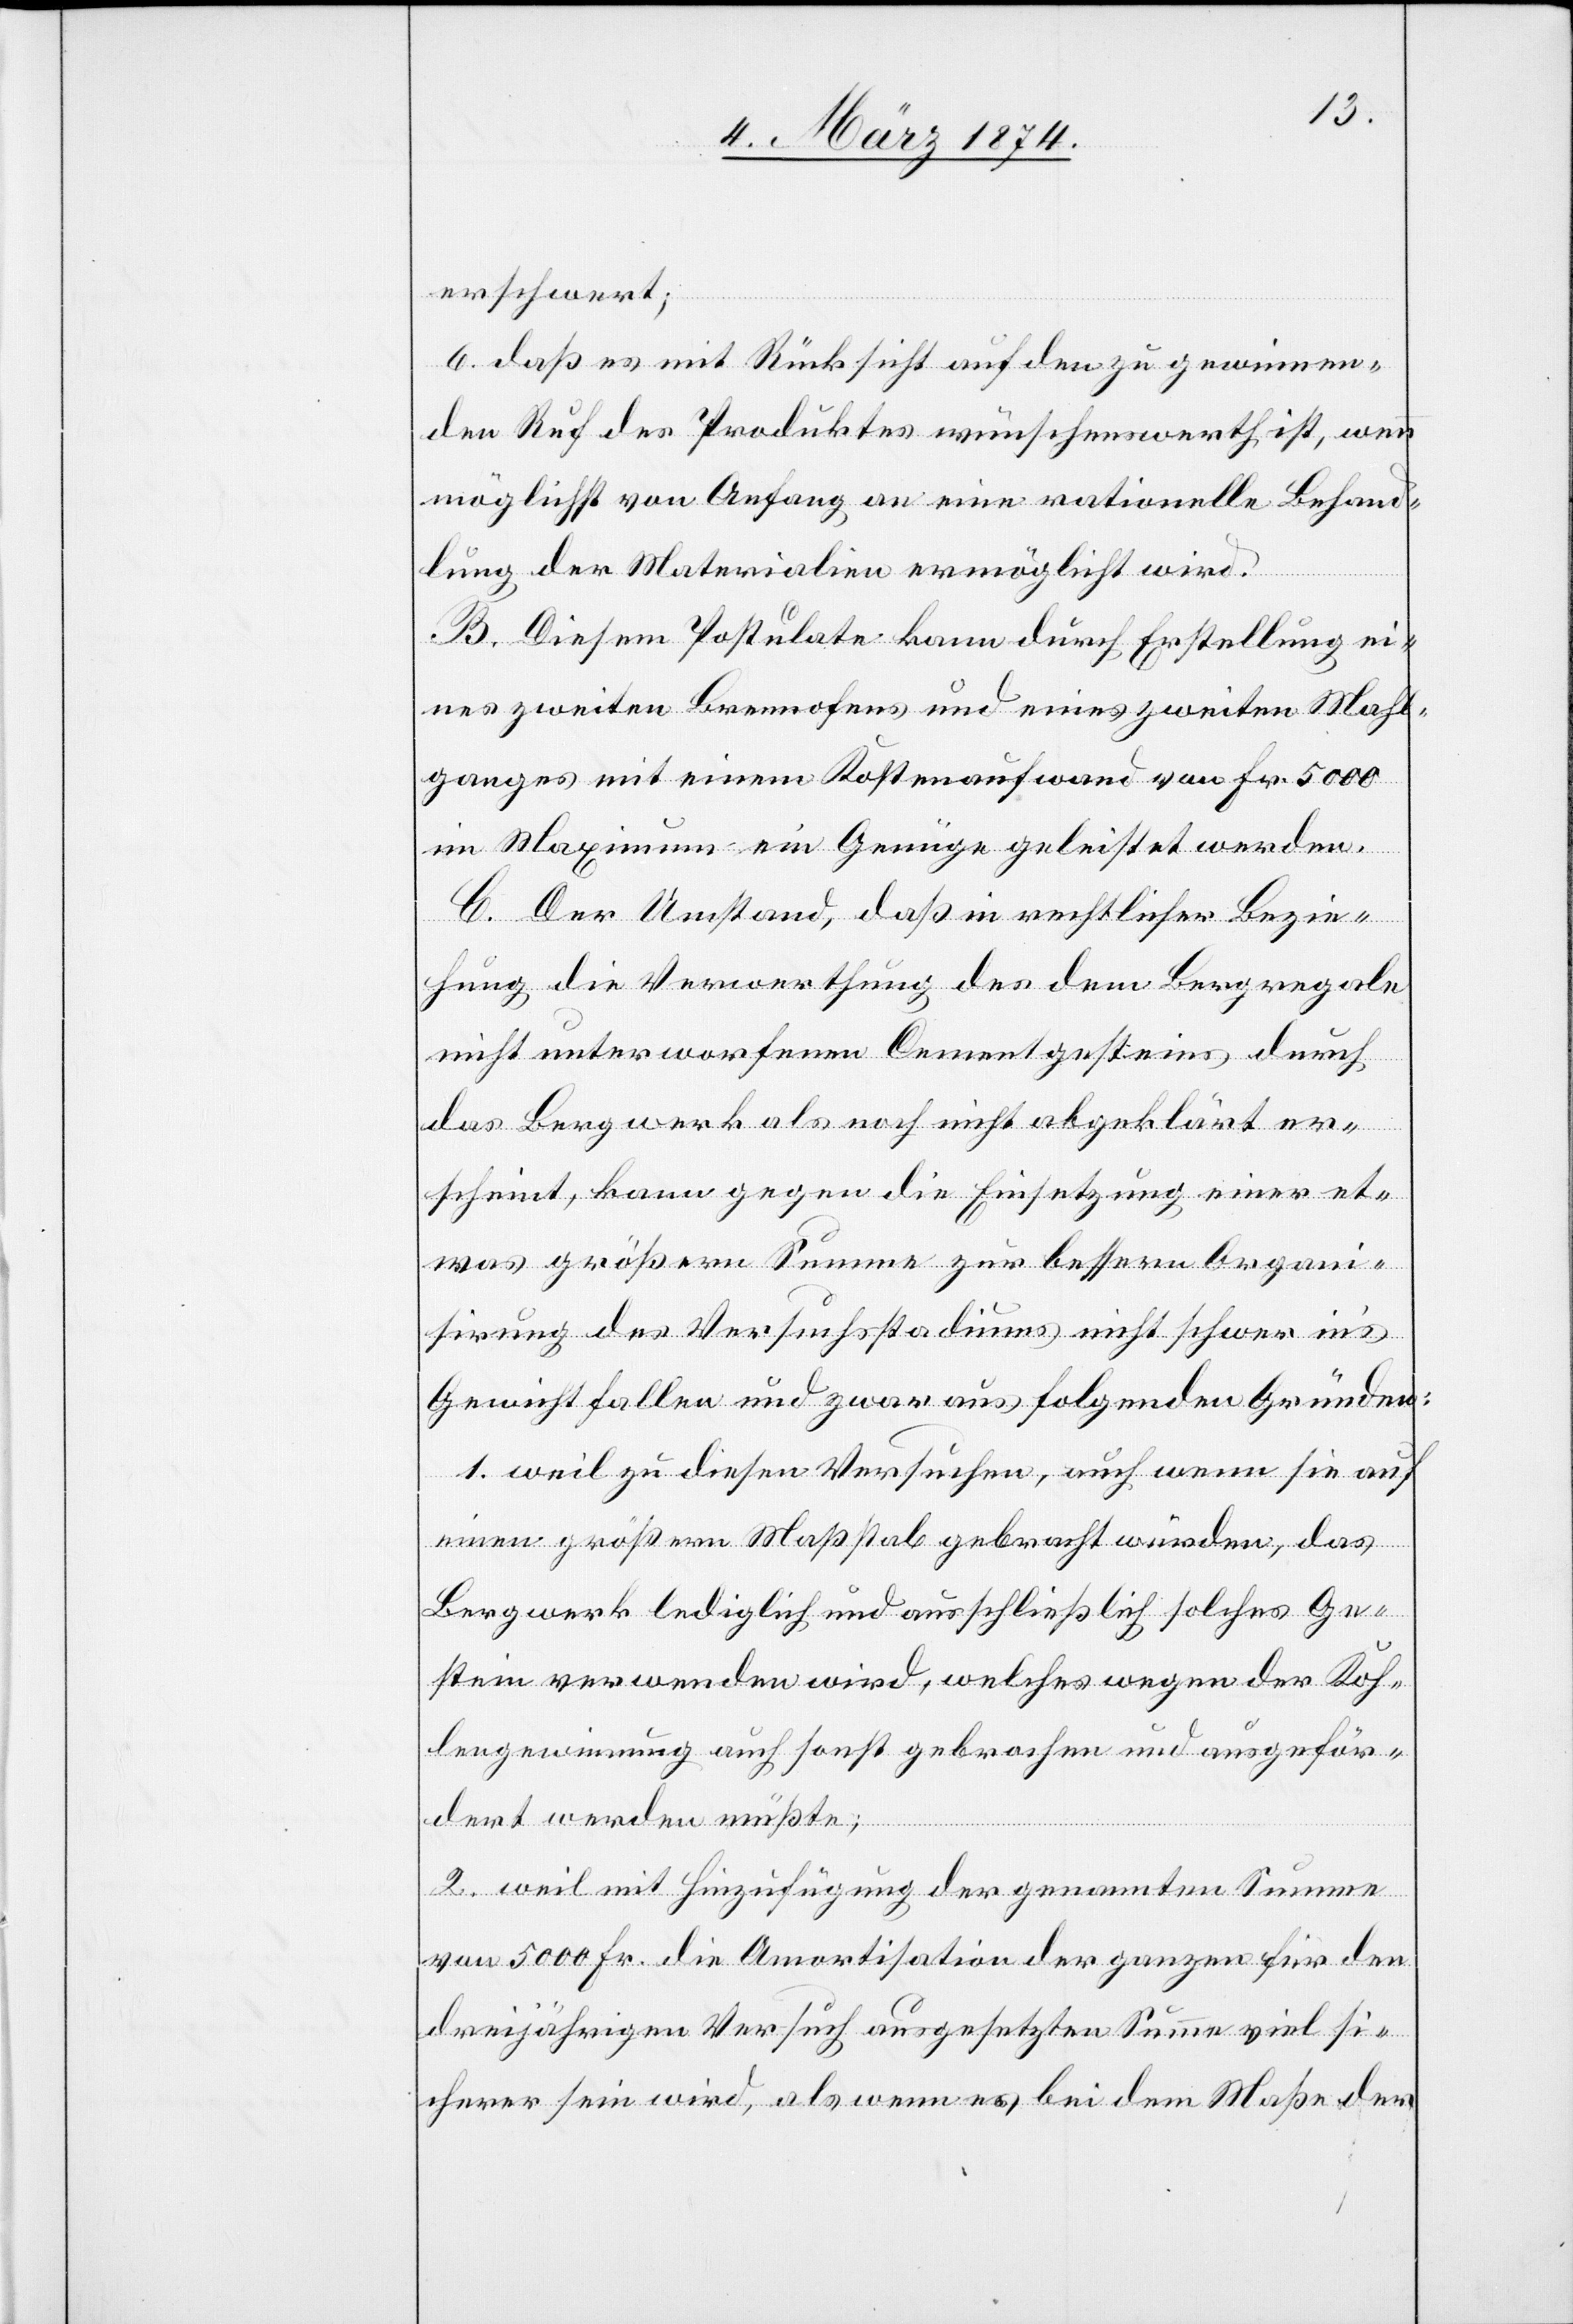
erschwert;
6. daß es mit Rücksicht auf den zu gewinnen¬
den Ruf des Produktes wünschenswerth ist, wenn
möglichst von Anfang an eine rationelle Behand¬
lung der Materialien ermöglicht wird.
B. Diesem Postulate kann durch Erstellung ei¬
nes zweiten Brennofens und eines zweiten Mahl¬
ganges mit einem Kostenaufwand von Fr. 5000
im Maximum ein Genüge geleistet werden.
C. Der Umstand, daß in rechtlicher Bezie¬
hung die Verwerthung des dem Bergregale
nicht unterworfenen Cementgesteins durch
das Bergwerk als noch nicht abgeklärt er¬
scheint, kann gegen die Einsetzung einer et¬
was größern Summe zur bessern Organi¬
sirung des Versuchsstadiums nicht schwer in’s
Gewicht fallen und zwar aus folgenden Gründen:
1. weil zu diesen Versuchen, auch wenn sie auf
einen größern Maßstab gebracht würden, das
Bergwerk lediglich und ausschließlich solches Ge¬
stein verwenden wird, welches wegen der Koh¬
lengewinnung auch sonst gebrochen und ausgeför¬
dert werden müßte;
2. weil mit Hinzufügung der genannten Summe
von 5000 Fr. die Amortisation der ganzen für den
dreijährigen Versuch ausgesetzten Summe viel si¬
cherer sein wird, als wenn es bei dem Maße der